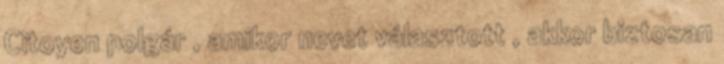
Citoyen polgár , amikor nevet választott , akkor biztosan